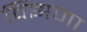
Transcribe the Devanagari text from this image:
विंझणा